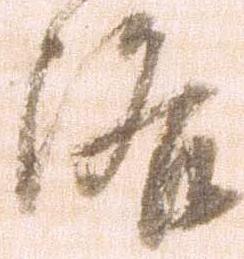
洛